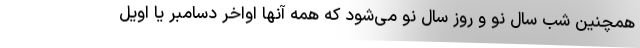
همچنین شب سال نو و روز سال نو می‌شود که همه آنها اواخر دسامبر یا اویل